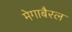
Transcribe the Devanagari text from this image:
मेगाबैरल